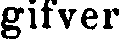
gifver